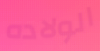
الولاده